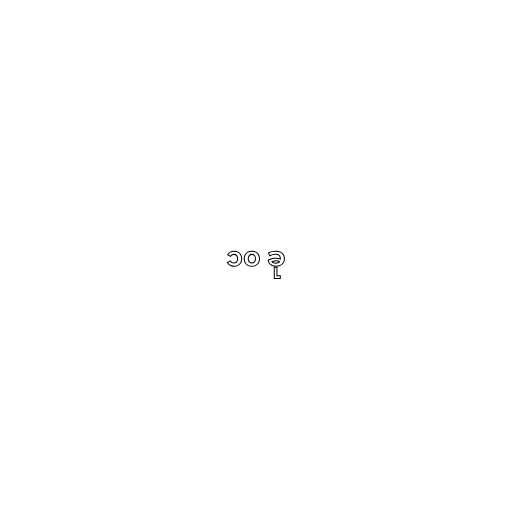
၁၀ ခု